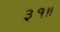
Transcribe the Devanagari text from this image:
३१॥